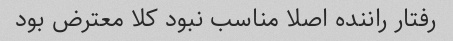
رفتار راننده اصلا مناسب نبود کلا معترض بود